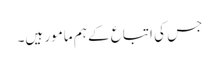
جس کی اتباع کے ہم مامور ہیں۔